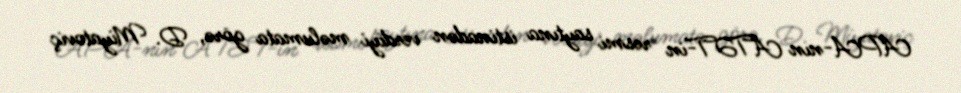
APA-nın ATƏT-in rəsmi saytına istinadən verdiyi məlumata görə, D. Miyatoviç